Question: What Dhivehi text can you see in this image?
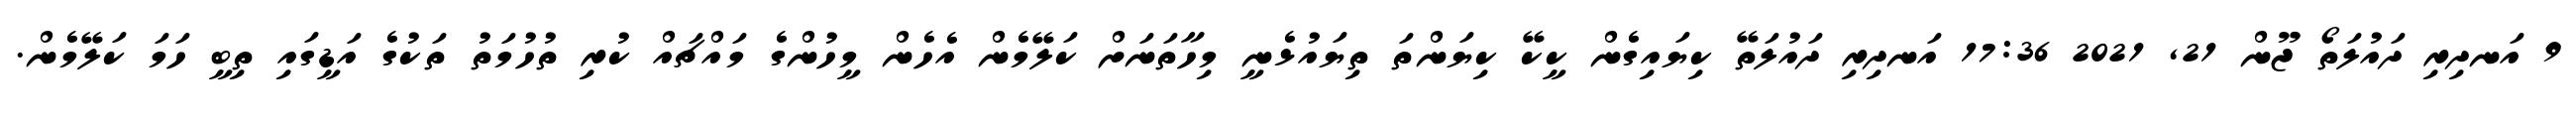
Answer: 9 އަނދިރި ދައުލަތޯ ޖޫން 21, 2021 17:36 އަނދިރި ދައުލަތޭ ކިޔައިގެން ކީކޭ ކިޔަންތަ ތިޔައުޅެނީ މިހާތަނަށް ކަލޭމެން އެހެން މީހުންގެ މައްޗައް ކުރި ތުހުމަތު ތަކުގެ އަޑީގައި ތިބީ ހަމަ ކަލޭމެން.